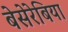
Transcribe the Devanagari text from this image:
बेसेरेबिया